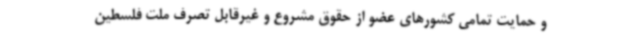
و حمایت تمامی کشورهای عضو از حقوق مشروع و غیرقابل تصرف ملت فلسطین